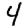
Digit: 4